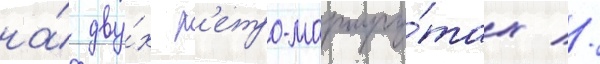
на́ дву́х р'етро-маршру́тах //